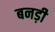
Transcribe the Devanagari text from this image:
बनड़ी